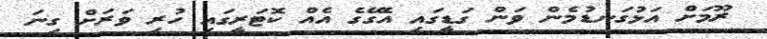
ރޫމަށް އަޅުގަނޑުމެން ވަން ގަޑީގައި އެގޭގެ އެއް ކޮޓަރީގައި ހުރި ވަރަށް ގިނަ